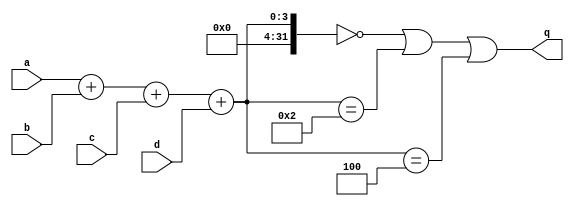
module top_module (
    input a,
    input b,
    input c,
    input d,
    output q );//

    assign q = (a + b + c + d == 0 | a + b + c + d == 2 | a + b + c + d == 4); 
    //you can also try to use Karnaugh map to find the logic.

endmodule